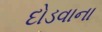
દોડવાના